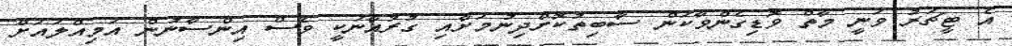
އެ ޓީޗަރު ވަނީ މާތް ވޮޑިގެންވާކަން ސާބިތުކޮށްދިނުމަށާއި ގުރުއާނަކީ ވެސް އިންސާނުން އަމިއްލައަށް